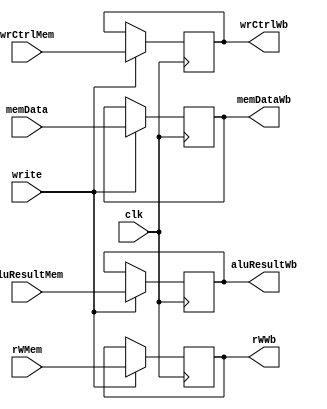

module memWrRegister(clk, write, aluResultMem, memData, rWMem, wrCtrlMem, aluResultWb, memDataWb, rWWb, wrCtrlWb);

  input clk, write;  
  input [31:0] aluResultMem, memData;
  input [4:0] rWMem; 
  input [1:0] wrCtrlMem;
  output reg [4:0] rWWb;
  output reg [31:0] aluResultWb, memDataWb;  
  output reg [1:0] wrCtrlWb;
  		
		  always@(posedge clk) begin		
				if(write == 1)
				begin	
					rWWb = rWMem;
					aluResultWb = aluResultMem;
					memDataWb = memData;
					wrCtrlWb = wrCtrlMem;
				end

				else
				begin
					rWWb = rWWb;
					aluResultWb = aluResultWb;
					memDataWb = memDataWb;
					wrCtrlWb = wrCtrlWb;
				end
			end
endmodule